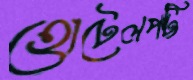
হোটেলপট্টি